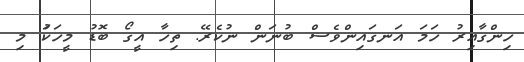
ހިންގާއިރު ހަމަ އަނގައިންވެސް ބުނަން ނުކެރޭ. ތިހާ އީގޯ ބޮޑު މީހަކަު މި